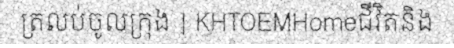
ត្រលប់ចូលក្រុង | KHTOEMHomeជីវិតនិង